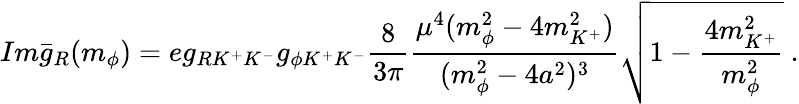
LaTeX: Im\bar{g}_{R}(m_{\phi})=eg_{RK^{+}K^{-}}g_{\phi K^{+}K^{-}}\frac{8}{3\pi}\frac{\mu^{4}(m_{\phi}^{2}-4m_{K^{+}}^{2})}{(m_{\phi}^{2}-4a^{2})^{3}}\sqrt{1-\frac{4m_{K^{+}}^{2}}{m_{\phi}^{2}}}\ .